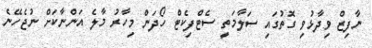
ނާފިޒް ވިދާޅުވި ގޮތުގައި ސަލާމަތީ ސެޓްފިކެޓް ހޯދަން މިހާރު މާލެ އަންނާކަށް ނުޖެހޭނެ